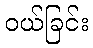
ဝယ်ခြင်း